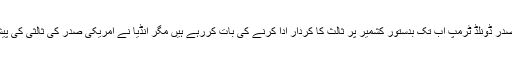
جبکہ دوسری طرف امریکی صدر ڈونلڈ ٹرمپ اب تک بدستور کشمیر پر ثالث کا کردار ادا کرنے کی بات کررہے ہیں مگر انڈیا نے امریکی صدر کی ثالثی کی پیشکش کو نظر انداز کر دیا ہے۔